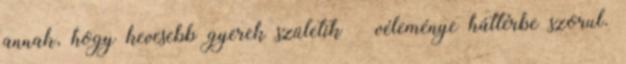
annak, hogy kevesebb gyerek születik – véleménye háttérbe szorul.